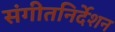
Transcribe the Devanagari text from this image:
संगीतनिर्देशन